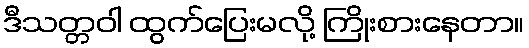
ဒီသတ္တဝါ ထွက်ပြေးမလို့ ကြိုးစားနေတာ။